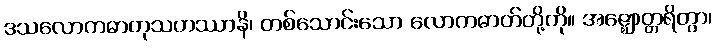
ဒသလောကဓာတုသဟဿာနိ၊ တစ်သောင်းသော လောကဓာတ်တို့ကို။ အဇ္ဈောတ္တရိတွာ၊